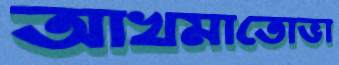
আখমাতোভা